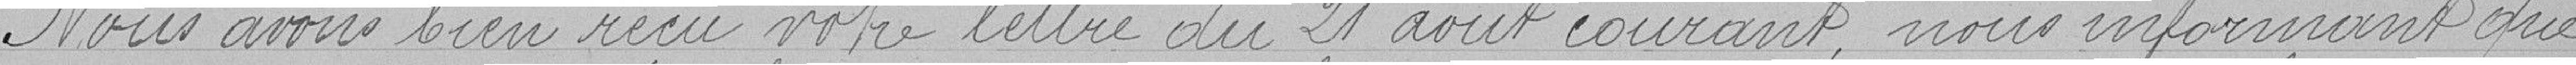
Nous avons bien reçu votre mettre du 21 août courant nous informant que